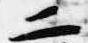
二